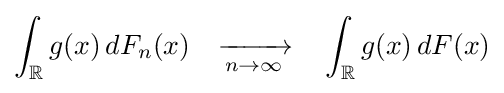
\int _{\mathbb {R} }g(x)\,dF_{n}(x)\quad {\xrightarrow[{n\to \infty }]{}}\quad \int _{\mathbb {R} }g(x)\,dF(x)